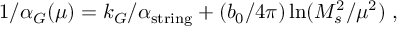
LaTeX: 1 / \alpha _ { G } ( \mu ) = k _ { G } / \alpha _ { \mathrm { s t r i n g } } + ( { b _ { 0 } / { 4 \pi } } ) \ln ( { M _ { s } ^ { 2 } / \mu ^ { 2 } } ) ~ ,